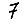
Digit: 7